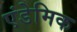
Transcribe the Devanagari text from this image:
एंडेमिक